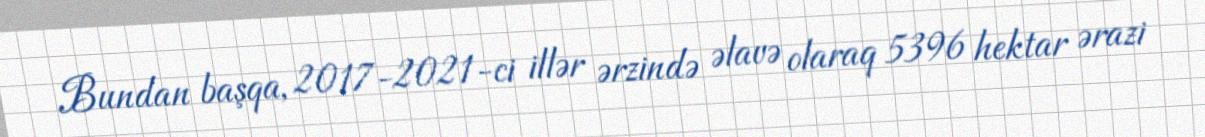
Bundan başqa, 2017-2021-ci illər ərzində əlavə olaraq 5396 hektar ərazi